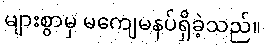
များစွာမှ မကျေမနပ်ရှိခဲ့သည်။